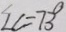
\angle C = 7 3 ^ { \circ }